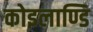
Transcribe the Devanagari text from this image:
कोइलाण्डि